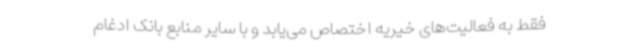
فقط به فعالیت‌های خیریه اختصاص می‌یابد و با سایر منابع بانک ادغام